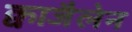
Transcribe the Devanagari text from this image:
क्वाजैलेन